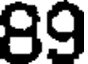
89